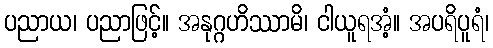
ပညာယ၊ ပညာဖြင့်။ အနုဂ္ဂဟိဿာမိ၊ ငါယူရအံ့။ အပရိပူရံ၊